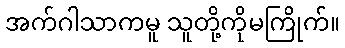
အက်ဂါသာကမူ သူတို့ကိုမကြိုက်။